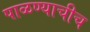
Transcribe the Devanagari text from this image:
पाळण्याचीच